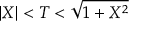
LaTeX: \vert X \vert < T < { \sqrt { 1 + X ^ { 2 } } }